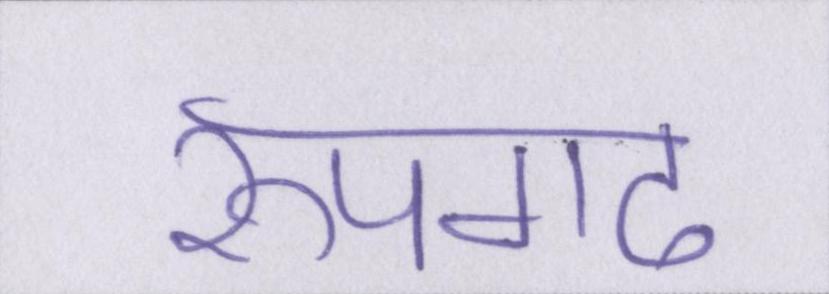
रूपगढ